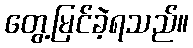
တွေ့မြင်ခဲ့ရသည်။